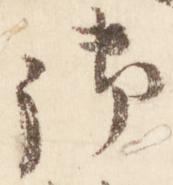
御